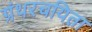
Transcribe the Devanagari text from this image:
ग्रंथरचयिता